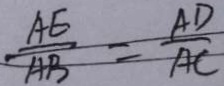
\frac { A E } { A B } = \frac { A D } { A C }